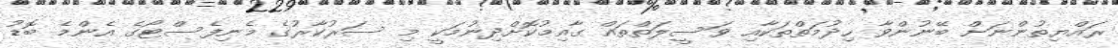
ރައްޔިތުންނަށް ބޭނުންވާ ހިދުމަތްތަކާއި ވަސީލަތްތައް ގާއިމުކޮށްދިނުމަކީ މި ސަރުކާރުގެ މެނިފެސްޓޯގެ އެންމެ ބޮޑު